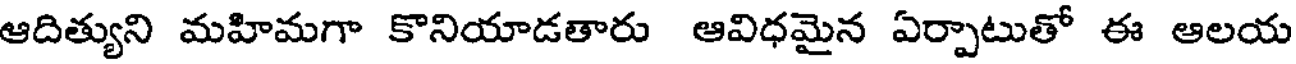
ఆదిత్యుని మహిమగా కొనియాడతారు ఆవిధమైన ఏర్పాటుతో ఈ ఆలయ